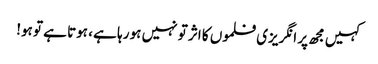
کہیں مجھ پر انگریزی فلموں کا اثر تو نہیں ہو رہا ہے ، ہوتا ہے تو ہو!